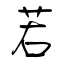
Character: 若